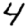
Digit: 4